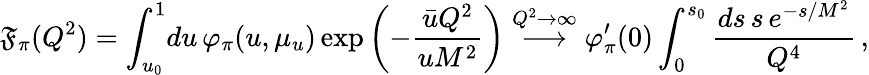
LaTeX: \mathfrak{F}_{\pi}(Q^{2})=\int_{u_{0}}^{1}\! du\, \varphi_{\pi}(u,\mu_{u})\exp\left(-\frac{{\bar{{u}}Q^{2}}}{{uM^{2}}}\right)\stackrel{Q^{2}\to\infty}{\longrightarrow}\varphi_{\pi}^{\prime}(0)\int_{0}^{s_{0}}\frac{{ds\, s\, e^{-s/{M^{2}}}}}{{Q^{4}}}\, ,